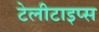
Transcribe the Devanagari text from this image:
टेलीटाइप्स